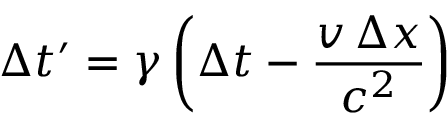
\Delta t ^ { \prime } = \gamma \left( \Delta t - { \frac { v \, \Delta x } { c ^ { 2 } } } \right)